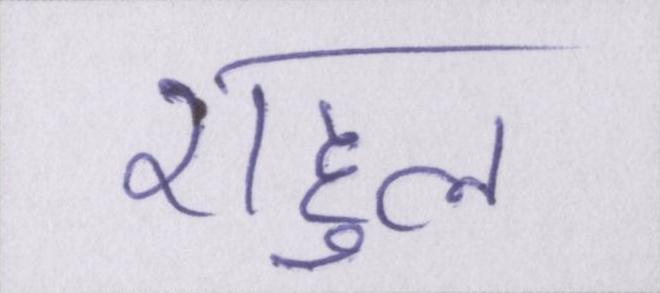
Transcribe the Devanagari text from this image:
राहुल